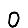
Digit: 0